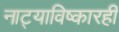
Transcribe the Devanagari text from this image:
नाट्याविष्कारही